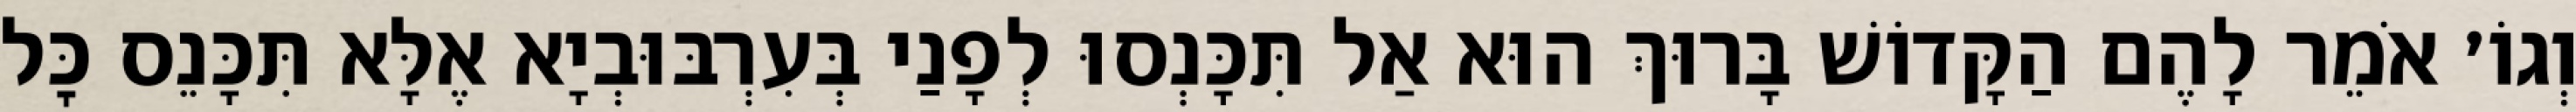
וְגוֹ׳ אֹמֵר לָהֶם הַקָּדוֹשׁ בָּרוּךְ הוּא אַל תִּכָּנְסוּ לְפָנַי בְּעִרְבּוּבְיָא אֶלָּא תִּכָּנֵס כׇּל